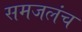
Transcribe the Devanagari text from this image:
समजलंच